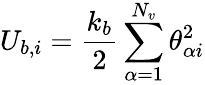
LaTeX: U_{b,i}=\frac{k_{b}}{2}\sum_{\alpha=1}^{N_{v}}\theta_{\alpha i}^{2}